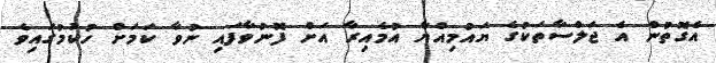
އެގޮތުން އެ ޖަލްސާތަކުގެ ޔައުމިއްޔާ އުމެއިރާ އަށް ފޮނުވާފައި ނުވާ ކަމަށް ހުކުމުގައިވެ